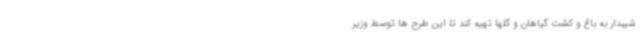
شیبدار به باغ و کشت گیاهان و گلها تهیه کند تا این طرح ها توسط وزیر